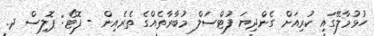
ހުޅުމާލޭގައި ކުރިއަށް ގެންދިޔަ ފުޓްސަލް މުބާރާތެއްގެ ތެރެއިން - ފޮޓޯ: ޕޮލިސް ދ.